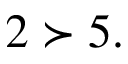
2 \succ 5 .